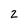
Character: 2